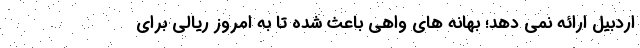
اردبیل ارائه نمی دهد؛ بهانه های واهی باعث شده تا به امروز ریالی برای